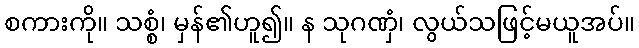
စကားကို။ သစ္စံ၊ မှန်၏ဟူ၍။ န သုဂဏှံ၊ လွယ်သဖြင့်မယူအပ်။